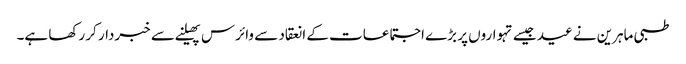
طبی ماہرین نے عید جیسے تہواروں پر بڑے اجتماعات کے انعقاد سے وائرس پھیلنے سے خبردار کر رکھا ہے۔